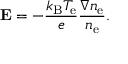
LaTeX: \mathbf { E } = - { \frac { k _ { \mathrm { B } } T _ { \mathrm { e } } } { e } } { \frac { \nabla n _ { \mathrm { e } } } { n _ { \mathrm { e } } } } .